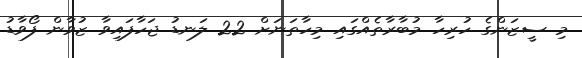
މި ސީޒަންގެ ހުރިހާ މުބާރާތެއްގައި މިހާތަނަށް 22 ލަނޑު ޖަހާފައިވާ ޒުވާން ފޯވާޑު